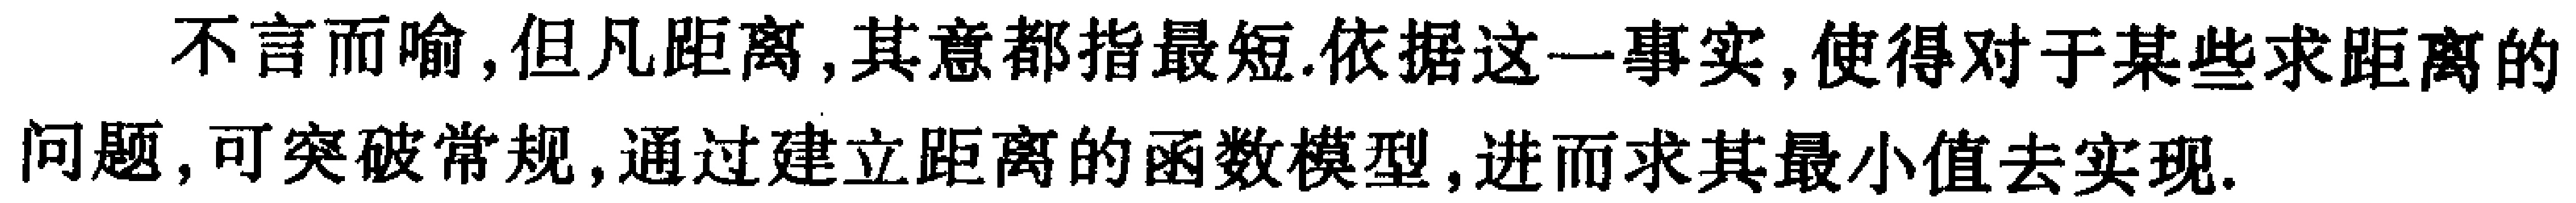
不言而喻,但凡距离,其意都指最短.依据这一事实,使得对于某些求距离的问题,可突破常规,通过建立距离的函数模型,进而求其最小值去实现.